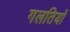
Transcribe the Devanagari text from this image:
गलतियों